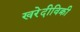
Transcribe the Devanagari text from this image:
खरेदीविक्री